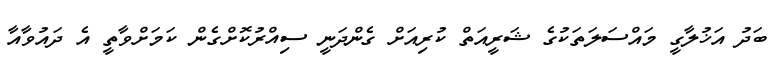
ބަދު އަޚުލާގީ މައްސަލަތަކުގެ ޝަރީއަތް ކުރިއަށް ގެންދަނީ ސިއްރުކޮށްގެން ކަމަށްވާތީ އެ ދައުވާއާ